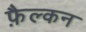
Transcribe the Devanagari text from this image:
फ़ैल्कन